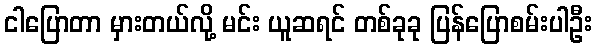
ငါပြောတာ မှားတယ်လို့ မင်း ယူဆရင် တစ်ခုခု ပြန်ပြောစမ်းပါဦး